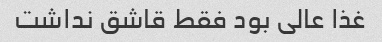
غذا عالی بود فقط قاشق نداشت